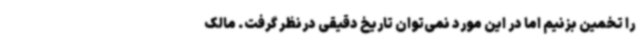
را تخمین بزنیم اما در این مورد نمی‌توان تاریخ دقیقی درنظر گرفت. مالک